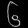
Digit: ၆